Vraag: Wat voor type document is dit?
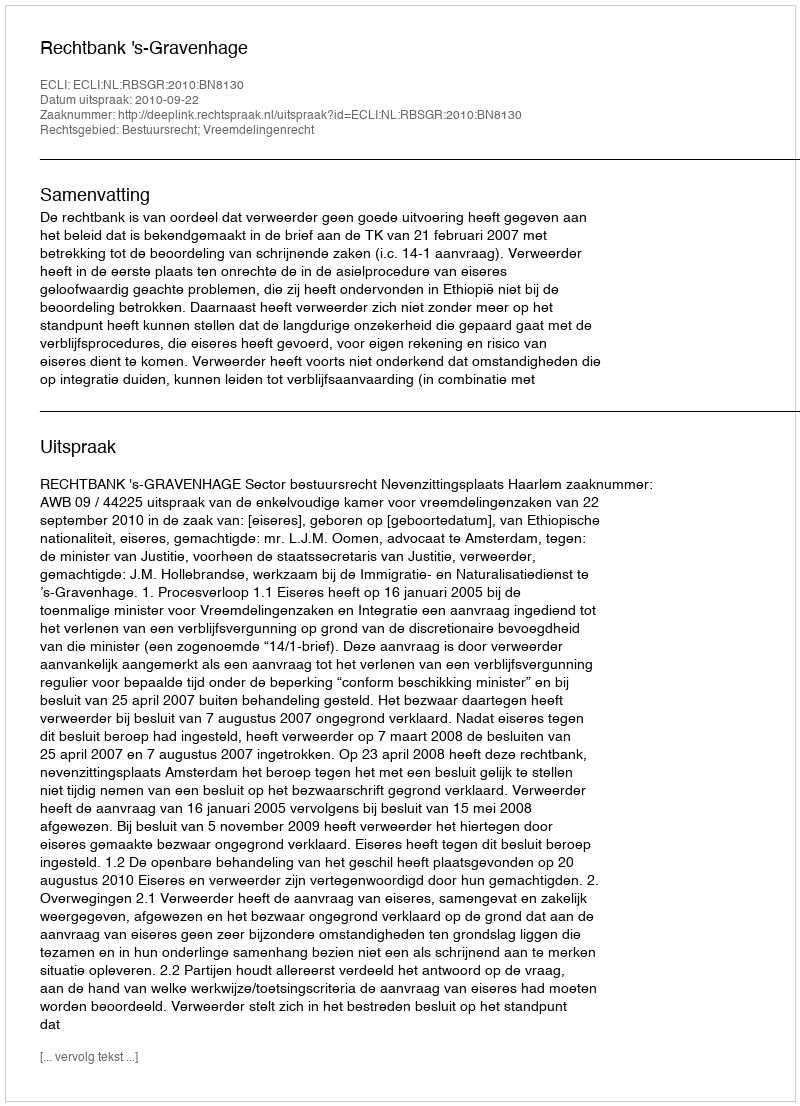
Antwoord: Uitspraak